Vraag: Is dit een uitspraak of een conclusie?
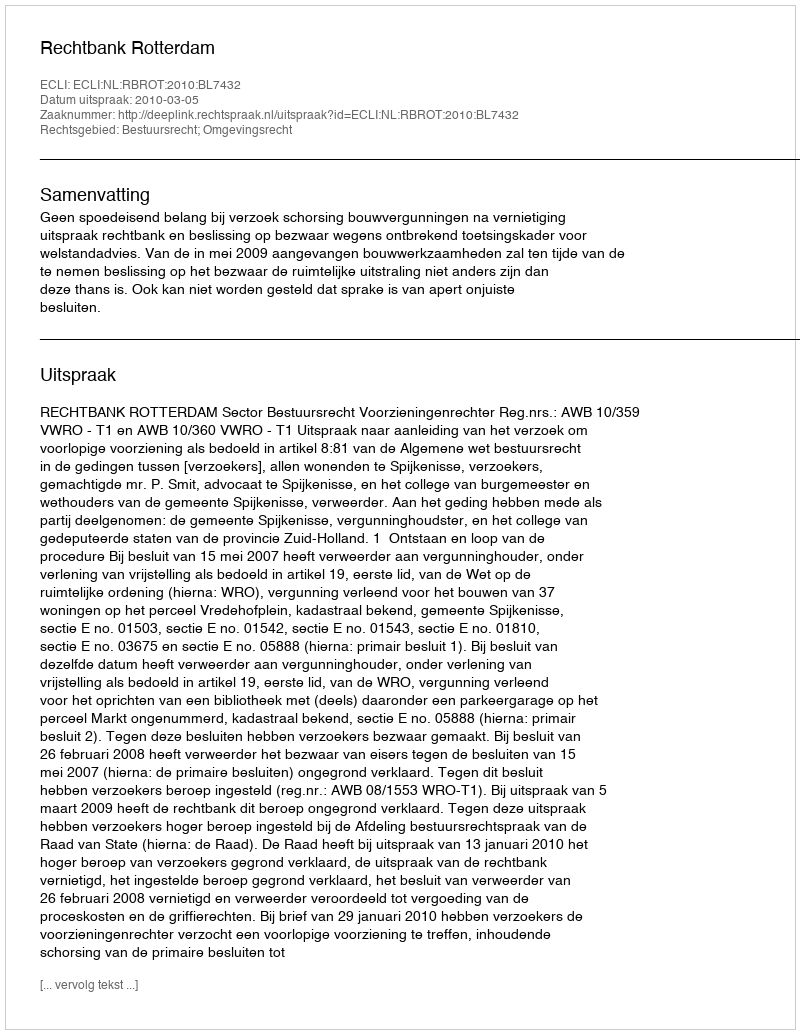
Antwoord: Uitspraak